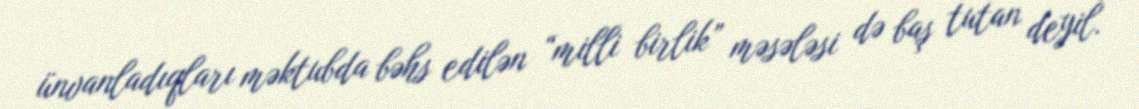
ünvanladıqları məktubda bəhs edilən “milli birlik” məsələsi də baş tutan deyil.